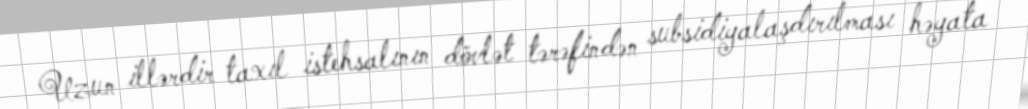
Uzun illərdir taxıl istehsalının dövlət tərəfindən subsidiyalaşdırılması həyata